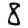
Digit: 8